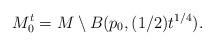
LaTeX: \begin{align*}M_0^t &= M \setminus B(p_0, (1/2) t^{1/4}).\end{align*}